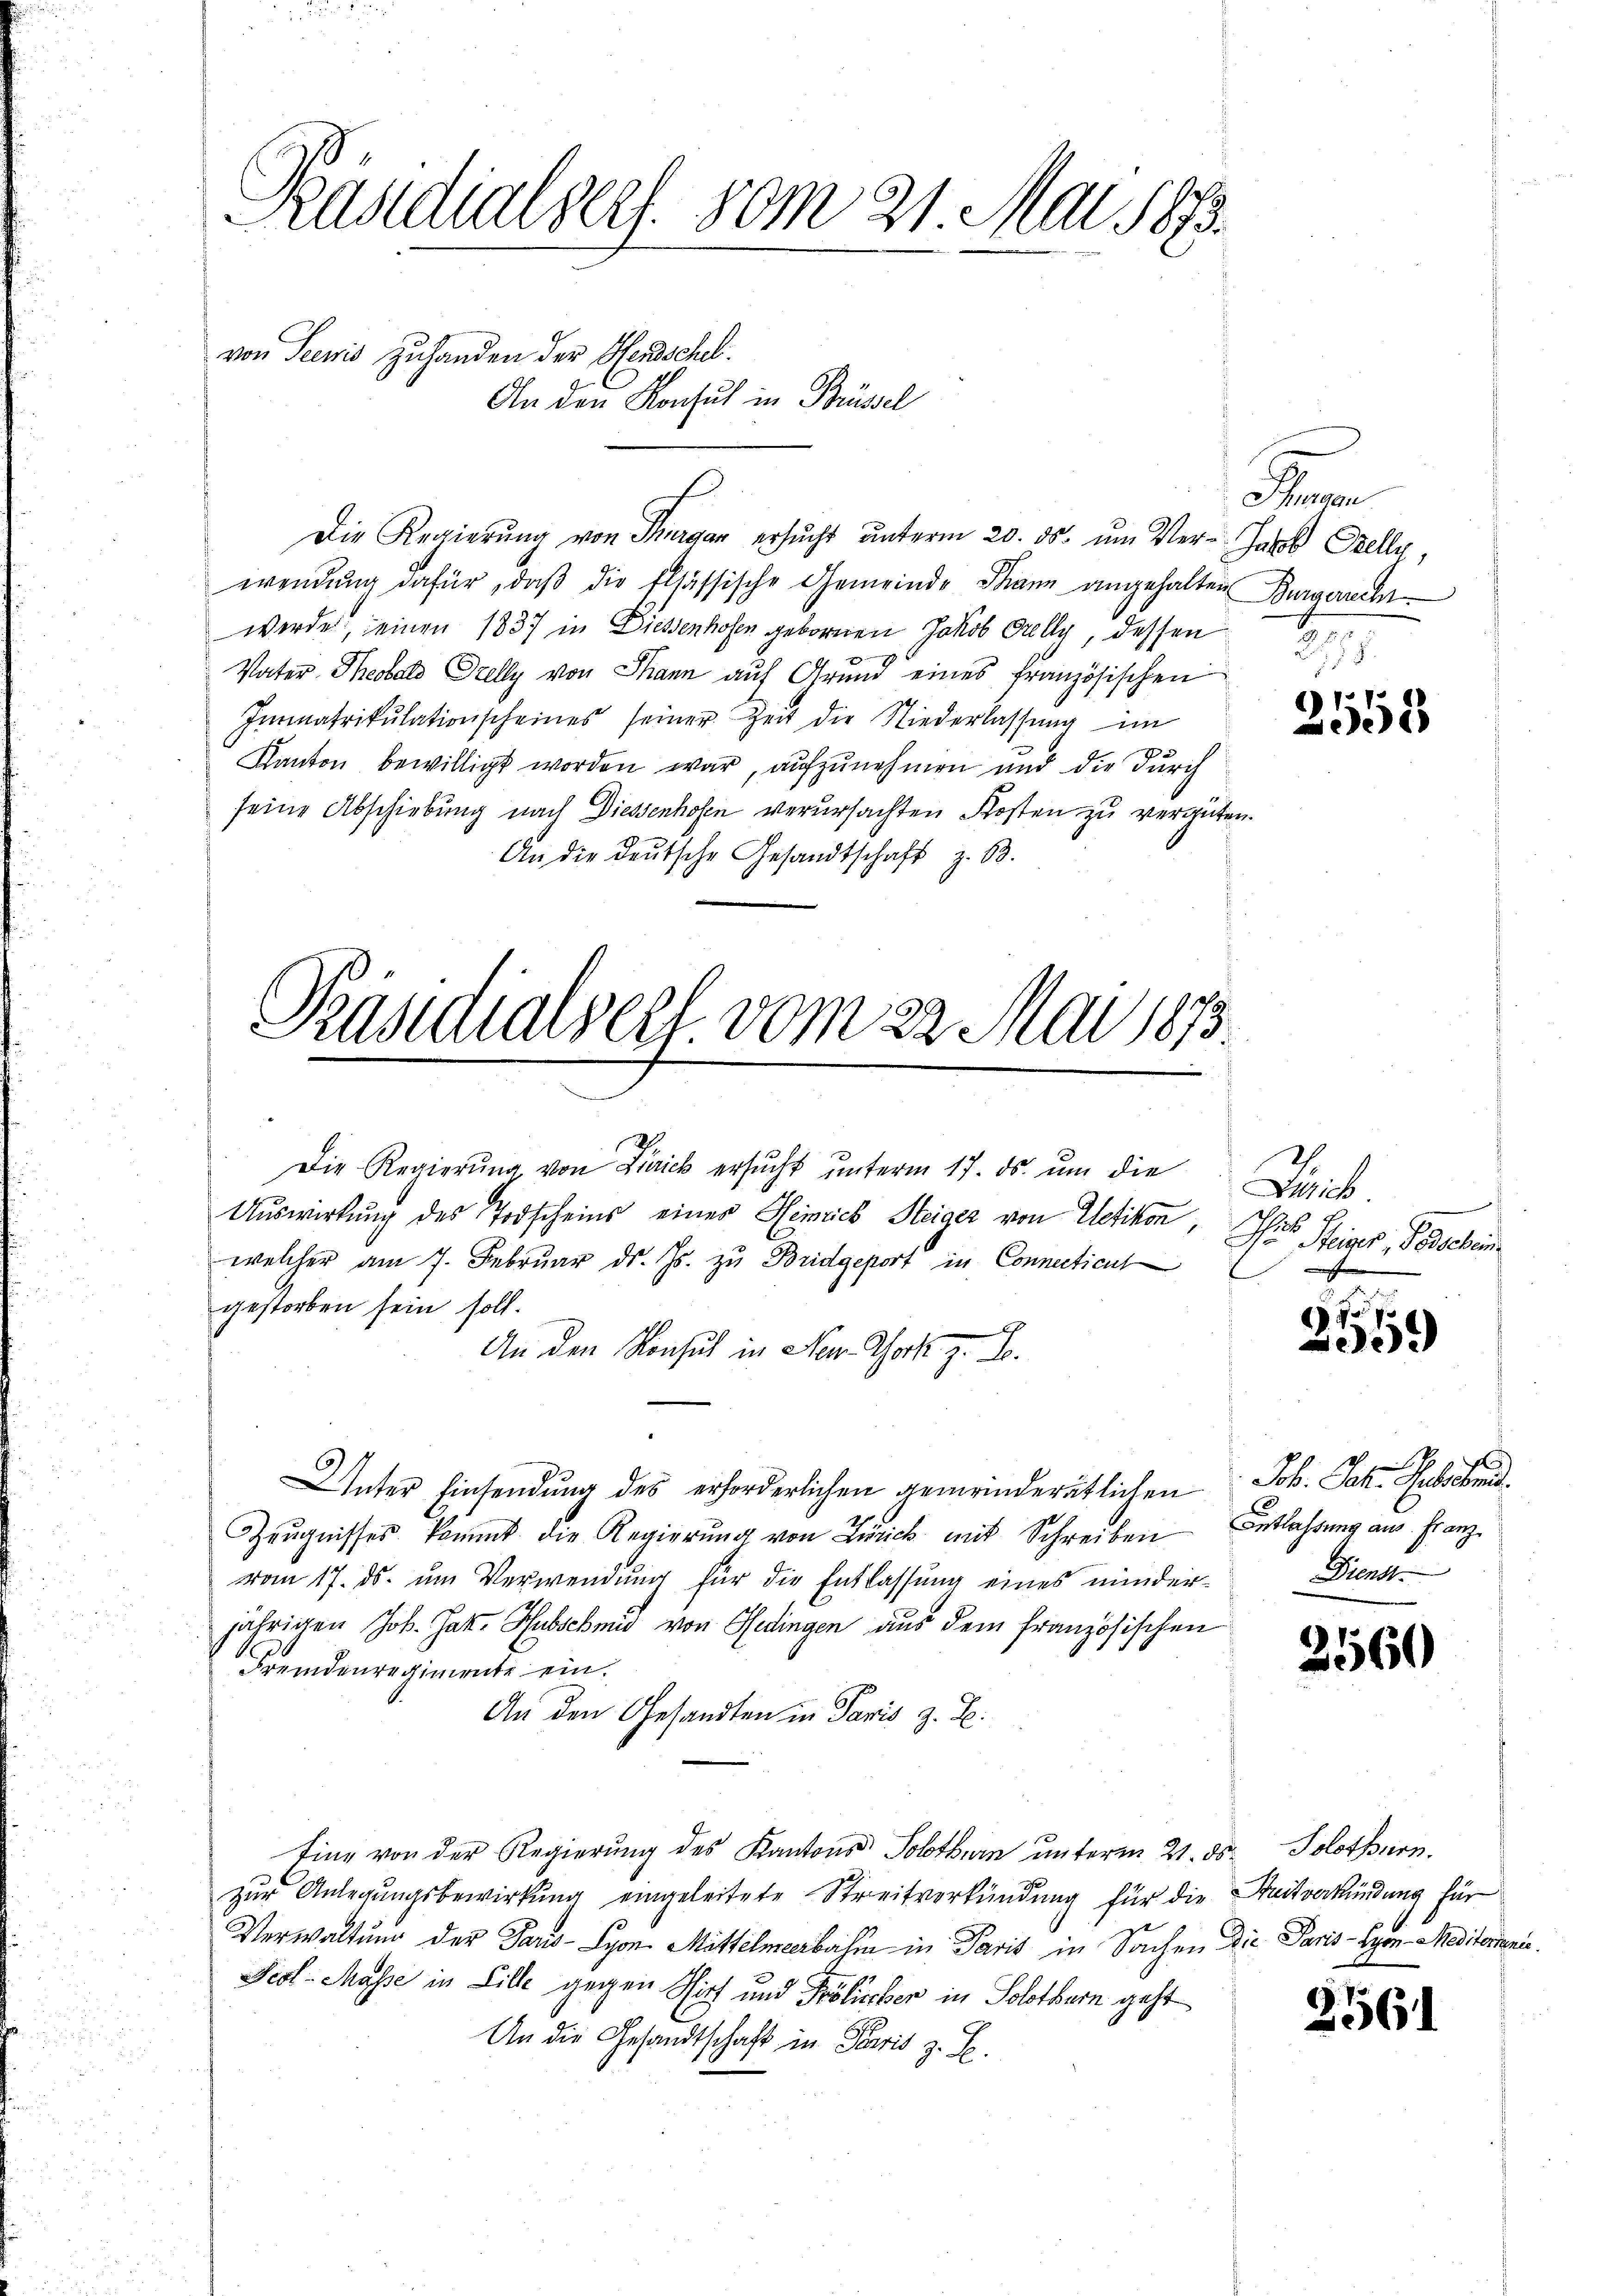
Präsidialsers. 50m 21. Mai 1873.

von Seewis zuhanden der Herzschel.
An den Konsul in Brüssel

Die Regierŭng von Thurgau ersŭcht ŭnterm 20. ds. ŭm Ver- Jakob Stelle,
wendŭng dafür, daβ die Elsässische Gemeinde Thann angehalten Bürgerrech
werde, seinen 1837 in Diesenhofen gebornen Jakob Grilly, dessen
Vater Theotals Prelly von Thann auf Grund eines französischen
Immatrikulationscheines seiner Zeit die Niederlassŭng im
Kanton bewilligt worden war, aufzunehmen und die durch
seine Abschiebung nach Diessenhofen verursachten Kosten zu vergüten.
An die Deutsche Gesandtschaft z. 63.

Präsidialseel. vom 22. Mai 1873.

Die Regierŭng von Dirick ersŭcht ŭnterm 17. ds. ŭm die
Auswirkung des Todscheins einer Heinrich Steiger von Uetikon,
welcher am 7. Februar ds. Js. zu Bridgeport in Connectient
gestorben sein soll.
weren Be
An den Konsul in Neu- Schock z. B.
Unter Einsendung des erforderlichen gemeinderätlichen
Zeŭgnisses kommt die Regierung von Lanick mit Schreiben
vom 17. ds. ŭm Verwendŭng für die Entlassŭng eines minder-Dienst
jährigen Joh. Jak. Hubschmid von Bedingen aus dem französischen
Fremdenregimente ein.
An den Gesandten in Paris z. B.
Eine von der Regierŭng des Kantons Solothurn ŭnterm 21. ds. Solothurn.
zur Anlegungsbewirkung eingeleitete Streitverkündung für die Steitverkündung für
Verwaltung der Paris Lyon Mittelmeerbahm in Paris in Sachen die Paris - Lyon-Meditorin
Peol- Masse in Lille gegen Wirt und Frölicher in Solothurn geht
An die Gesandtschaft in Paris z. B.

Schnen
2

2558

Jich
6
Nur Steiger, Petschein

70. 70
0

Joh. Joh. Geliebend.
Entlassung aus Franz

2560

2561